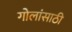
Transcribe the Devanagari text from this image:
गोलांसाठी